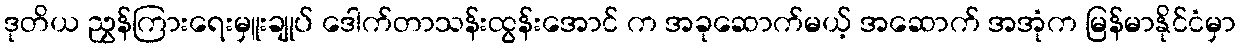
ဒုတိယ ညွှန်ကြားရေးမှူးချုပ် ဒေါက်တာသန်းထွန်းအောင် က အခုဆောက်မယ့် အဆောက် အအုံက မြန်မာနိုင်ငံမှာ